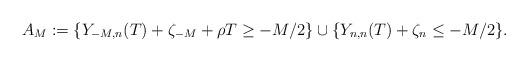
LaTeX: \begin{align*}A_M:=\{Y_{-M,n}(T)+\zeta_{-M}+\rho T\geq-M/2\}\cup\{Y_{n,n}(T)+\zeta_n\leq-M/2\}.\end{align*}